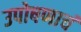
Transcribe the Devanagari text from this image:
उपोषणाचं